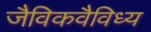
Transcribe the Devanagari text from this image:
जैविकवैविध्य